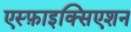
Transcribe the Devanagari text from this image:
एस्फ़ाइक्सिएशन